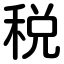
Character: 税